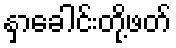
နှာခေါင်းတို့ဖတ်